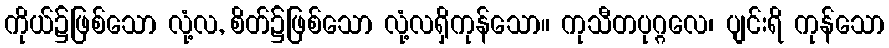
ကိုယ်၌ဖြစ်သော လုံ့လ, စိတ်၌ဖြစ်သော လုံ့လရှိကုန်သော။ ကုသီတပုဂ္ဂလေ၊ ပျင်းရိ ကုန်သော